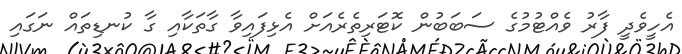
އެހީވެދީ ފާރު ވެއްޓުމުގެ ސަބަބުން ކޮޓަރިތެރެއަށް އެޅިފައިވާ ގާތަކާއި ގާ ކުނޑިތައް ނަގައި